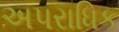
અપરાધિક